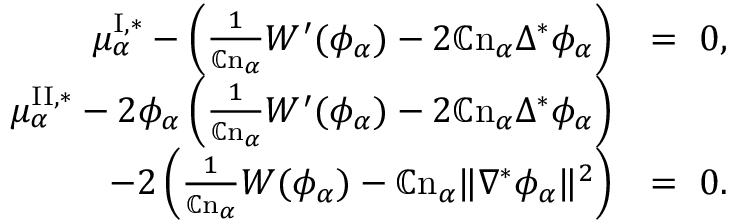
\begin{array} { r l } { \mu _ { \alpha } ^ { \mathrm { I } , * } - \left( \frac { 1 } { \mathbb { C } \mathrm { n } _ { \alpha } } W ^ { \prime } ( \phi _ { \alpha } ) - 2 \mathbb { C } \mathrm { n } _ { \alpha } \Delta ^ { * } \phi _ { \alpha } \right) } & { = ~ 0 , } \\ { \mu _ { \alpha } ^ { \mathrm { I I } , * } - 2 \phi _ { \alpha } \left( \frac { 1 } { \mathbb { C } \mathrm { n } _ { \alpha } } W ^ { \prime } ( \phi _ { \alpha } ) - 2 \mathbb { C } \mathrm { n } _ { \alpha } \Delta ^ { * } \phi _ { \alpha } \right) } & { } \\ { - 2 \left( \frac { 1 } { \mathbb { C } \mathrm { n } _ { \alpha } } W ( \phi _ { \alpha } ) - \mathbb { C } \mathrm { n } _ { \alpha } \| \nabla ^ { * } \phi _ { \alpha } \| ^ { 2 } \right) } & { = ~ 0 . } \end{array}